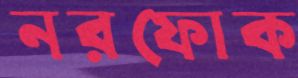
নরফোক